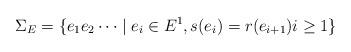
LaTeX: \begin{align*}\Sigma_E = \{e_1e_2\cdots \mid e_i\in E^1, s(e_i) = r(e_{i+1})i \geq 1\}\end{align*}